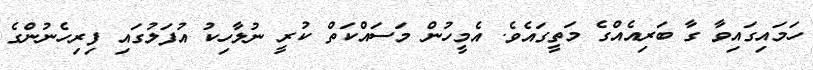
ހަމައިގައިވާ ގާ ބަރިއެއްގެ މަތީގައެވެ. އެމީހުން މަސައްކަތް ކުރީ ނުލާހިކު އުފަލުގައި ފިރިހެނުންގެ